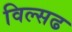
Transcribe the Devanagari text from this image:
विल्सढ